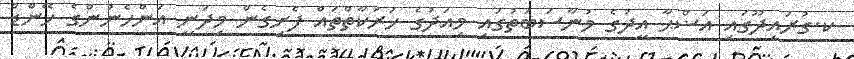
ކ.ގުރައިދޫގައި އަޟްޙާ އީދުގެ މުނާސަބަތުގައި މިއަދުގެ ހަރަކާތްތައް ފެށިގެން މިދަނީ އަންހެނުންގެ ހޭންޑް